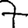
Digit: 7